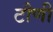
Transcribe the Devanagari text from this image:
टौणी